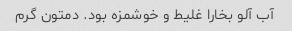
آب آلو بخارا غلیط و خوشمزه بود. دمتون گرم